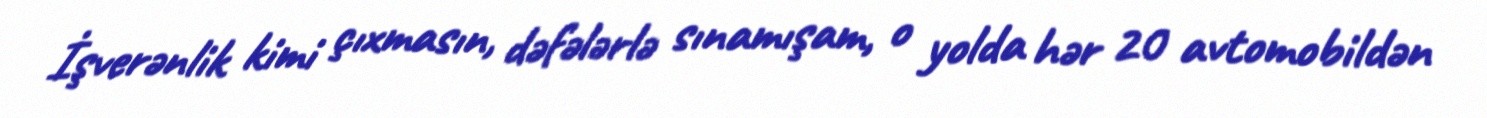
İşverənlik kimi çıxmasın, dəfələrlə sınamışam, o yolda hər 20 avtomobildən